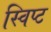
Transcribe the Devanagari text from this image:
स्विप्ट